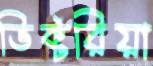
ভিক্টরিয়া